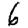
Digit: 6